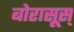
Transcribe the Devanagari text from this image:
बोरासूस्